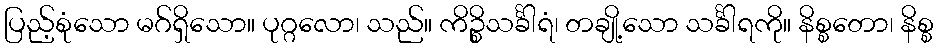
ပြည့်စုံသော မဂ်ရှိသော။ ပုဂ္ဂလော၊ သည်။ ကိဉ္စိသင်္ခါရံ၊ တချို့သော သင်္ခါရကို။ နိစ္စတော၊ နိစ္စ